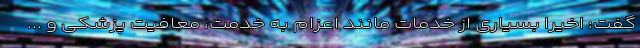
گفت: اخیرا بسیاری از خدمات مانند اعزام به خدمت، معافیت پزشکی و ...